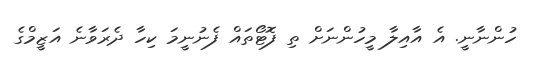
ހުންނާނީ. އެ އާއިލާ މީހުންނަށް ތި ފޮޓޯތައް ފެނުނީމަ ކިހާ ދެރަވާނެ އަޒީމްގެ